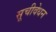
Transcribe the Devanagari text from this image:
सूचीवेधन